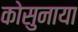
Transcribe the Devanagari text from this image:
कोसुनाया